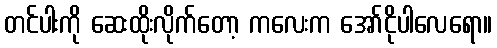
တင်ပါးကို ဆေးထိုးလိုက်တော့ ကလေးက အော်ငိုပါလေရော။